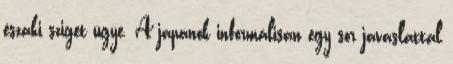
északi sziget ügye. A japánok informálisan egy sor javaslattal